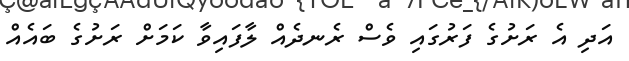
އަދި އެ ރަށުގެ ފަރުގައި ވެސް ރެނދެއް ލާފައިވާ ކަމަށް ރަށުގެ ބައެއް